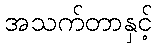
အသက်တာနှင့်